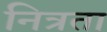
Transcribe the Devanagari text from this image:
नित्रता